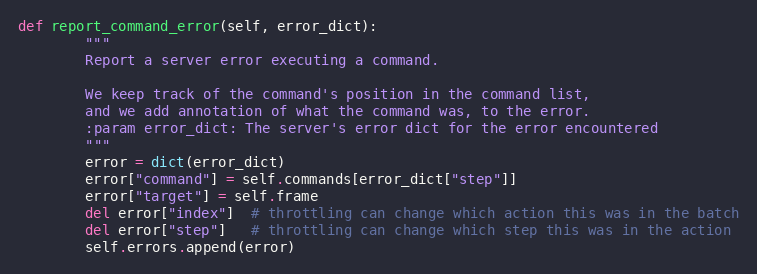
Language: Python
def report_command_error(self, error_dict):
        """
        Report a server error executing a command.

        We keep track of the command's position in the command list,
        and we add annotation of what the command was, to the error.
        :param error_dict: The server's error dict for the error encountered
        """
        error = dict(error_dict)
        error["command"] = self.commands[error_dict["step"]]
        error["target"] = self.frame
        del error["index"]  # throttling can change which action this was in the batch
        del error["step"]   # throttling can change which step this was in the action
        self.errors.append(error)